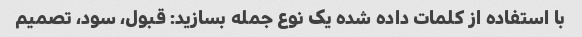
با استفاده از کلمات داده شده یک نوع جمله بسازید: قبول، سود، تصمیم